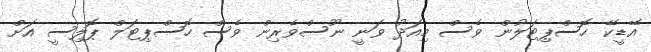
އޭޑީކޭ ހޮސްޕިޓަލުން ވެސް މިއަދު ވަނީ ނޫސްވެރިން ވެސް ހޮސްޕިޓަލް ޕޮލިސީ އަށް